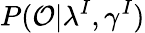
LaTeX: P(\mathcal{O}|\lambda^{I},\gamma^{I})